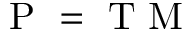
\mathrm { ~ P ~ } = \mathrm { ~ T ~ M ~ }